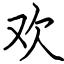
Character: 欢